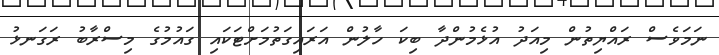
ނަމަވެސް ރައްޔިތުން މިއަދު އުޅެމުންދާ ބިކަ ހާލުން އަރައިގަތުމަށްޓަކައި ގައުމުގެ މިސްރާބު ރަގަނޅު